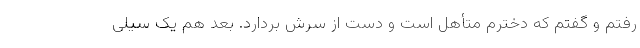
رفتم و گفتم که دخترم متأهل است و دست از سرش بردارد. بعد هم یک سیلی